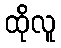
ထိုလူ